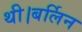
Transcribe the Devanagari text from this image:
थी।बर्लिन